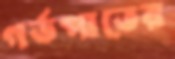
গর্ভপাতের